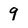
Character: 9